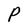
Character: P